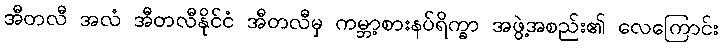
အီတလီ အလံ အီတလီနိုင်ငံ အီတလီမှ ကမ္ဘာ့စားနပ်ရိက္ခာ အဖွဲ့အစည်း၏ လေကြောင်း